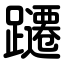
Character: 躚